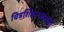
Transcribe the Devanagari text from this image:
चित्रशिक्षणसंस्थेची